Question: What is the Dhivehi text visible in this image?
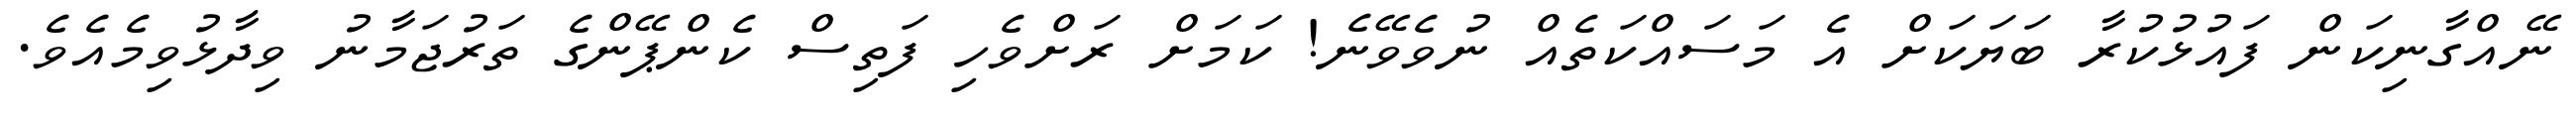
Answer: ނޭއްގާނިކަން ފައުޅުކުރާ ބަޔަކަށް އެ މަސައްކަތެއް ނުވެވޭނެ! ކަމަށް ރަށްވެހި ފަތިސް ކެންޕޭންގެ ތަރުޖަމާނު ވިދާޅުވިމެއެވެ.